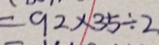
= 9 2 \times 3 5 \div 2